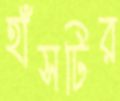
হাঁসটির